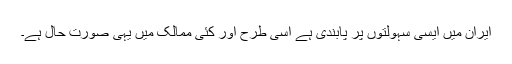
ایران میں ایسى سہولتوں پر پابندى ہے اسى طرح اور کئى ممالک میں یہى صورت حال ہے۔